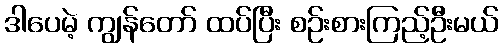
ဒါပေမဲ့ ကျွန်တော် ထပ်ပြီး စဉ်းစားကြည့်ဦးမယ်